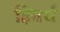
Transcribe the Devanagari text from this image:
हियर्थ